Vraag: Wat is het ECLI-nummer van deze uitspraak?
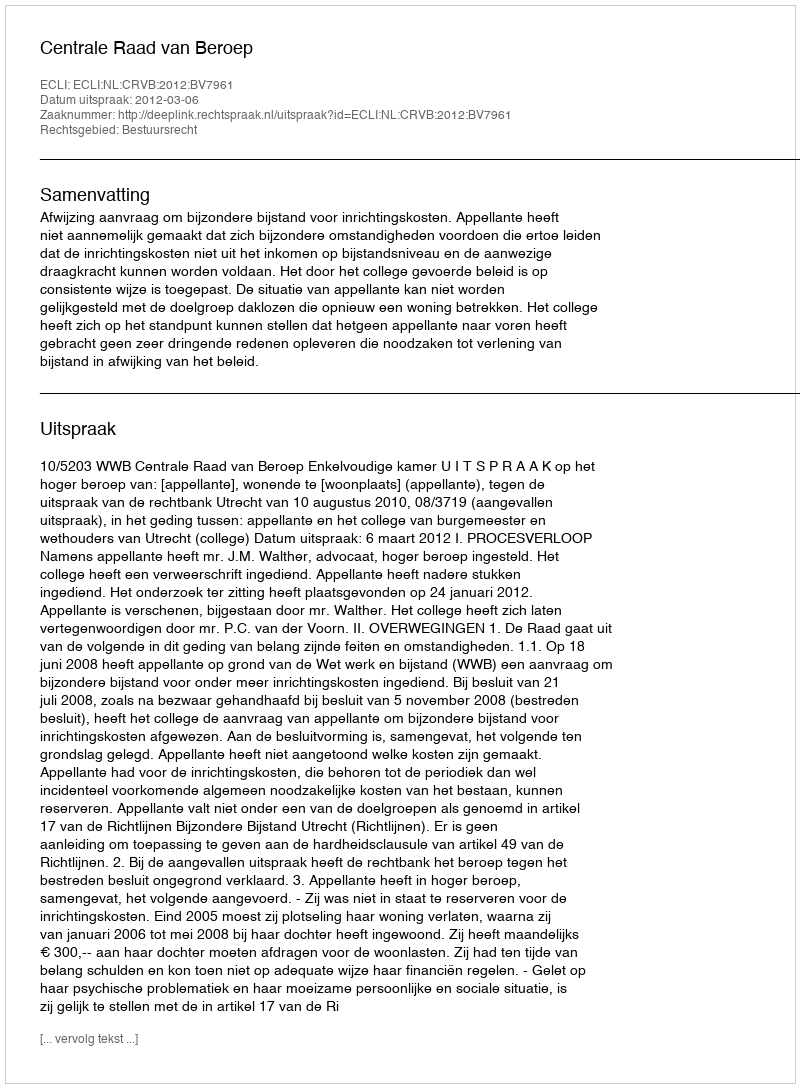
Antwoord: ECLI:NL:CRVB:2012:BV7961